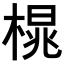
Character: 𪳒